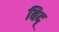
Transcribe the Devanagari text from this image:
बिद्